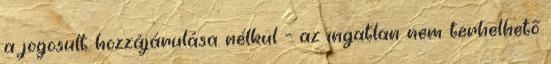
a jogosult hozzájárulása nélkül - az ingatlan nem terhelhető